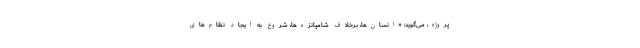
پروژه، می‌گوید: «انسان‌ها، برخلاف شامپانزه‌ها، شروع به ایجاد نظام‌های